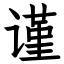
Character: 谨